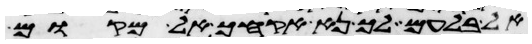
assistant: אל בלעם לך נא אקחך אל מקום